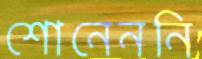
শোনেননি